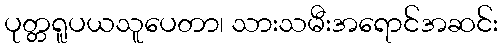
ပုတ္တရူပယသူပေတာ၊ သားသမီးအရောင်အဆင်း